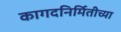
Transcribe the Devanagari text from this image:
कागदनिर्मितीच्या